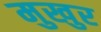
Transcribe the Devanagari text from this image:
मुखुर